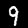
Digit: 9